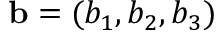
\mathbf { b } = ( b _ { 1 } , b _ { 2 } , b _ { 3 } )